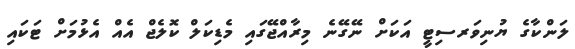
ލަންކާގެ ޔުނިވަރސިޓީ އަކަށް ނޭގޭނެ މިރާއްޖޭގައި މެޑިކަލް ކޮލެޖް އެއް އެޅުމަށް ޓަކައި